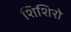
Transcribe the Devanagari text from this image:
शिशिरो